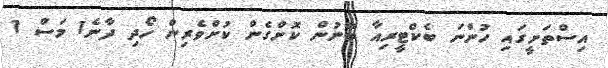
އިސްތަށީގައި ހުންނަ ބެކްޓީރިއާ ބޭނުން ކޮށްގެން ކުށްވެރިން ހޯދި ދާނެ1 މަސް 1